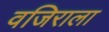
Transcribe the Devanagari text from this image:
वजिराला